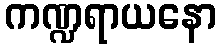
ကဏ္ဍရာယနော